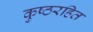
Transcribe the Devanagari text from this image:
कुष्ठरहित